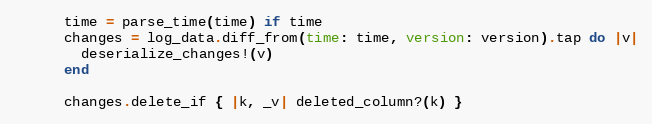
Language: Ruby
      time = parse_time(time) if time
      changes = log_data.diff_from(time: time, version: version).tap do |v|
        deserialize_changes!(v)
      end

      changes.delete_if { |k, _v| deleted_column?(k) }